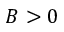
B > 0